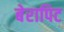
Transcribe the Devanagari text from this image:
बेरापिट